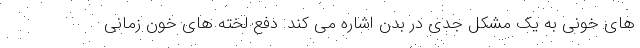
های خونی به یک مشکل جدی در بدن اشاره می کند. دفع لخته های خون زمانی